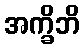
အက္ခိဘိ